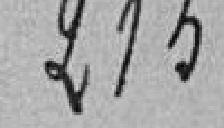
213